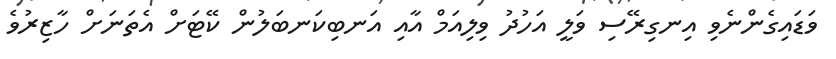
ވަޑައިގެންނެވި އިނގިރޭސި ވަލީ އަހުދު ވިލިއަމް އާއި އަނބިކަނބަލުން ކޭޓަށް އެތަނަށް ހާޒިރުވެ